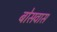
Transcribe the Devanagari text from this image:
बोसवास